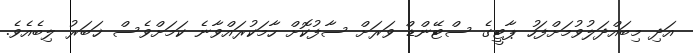
އަދި މިބައްދަލުވުމަށްފަހު ޕާޓީގެ ސްޓޭންޑް ވަރަށް ސާފުކޮށް ހާމަކުރައްވާނެ ކަމަށްވެސް ޚަބަރު ލިބެއެވެ.